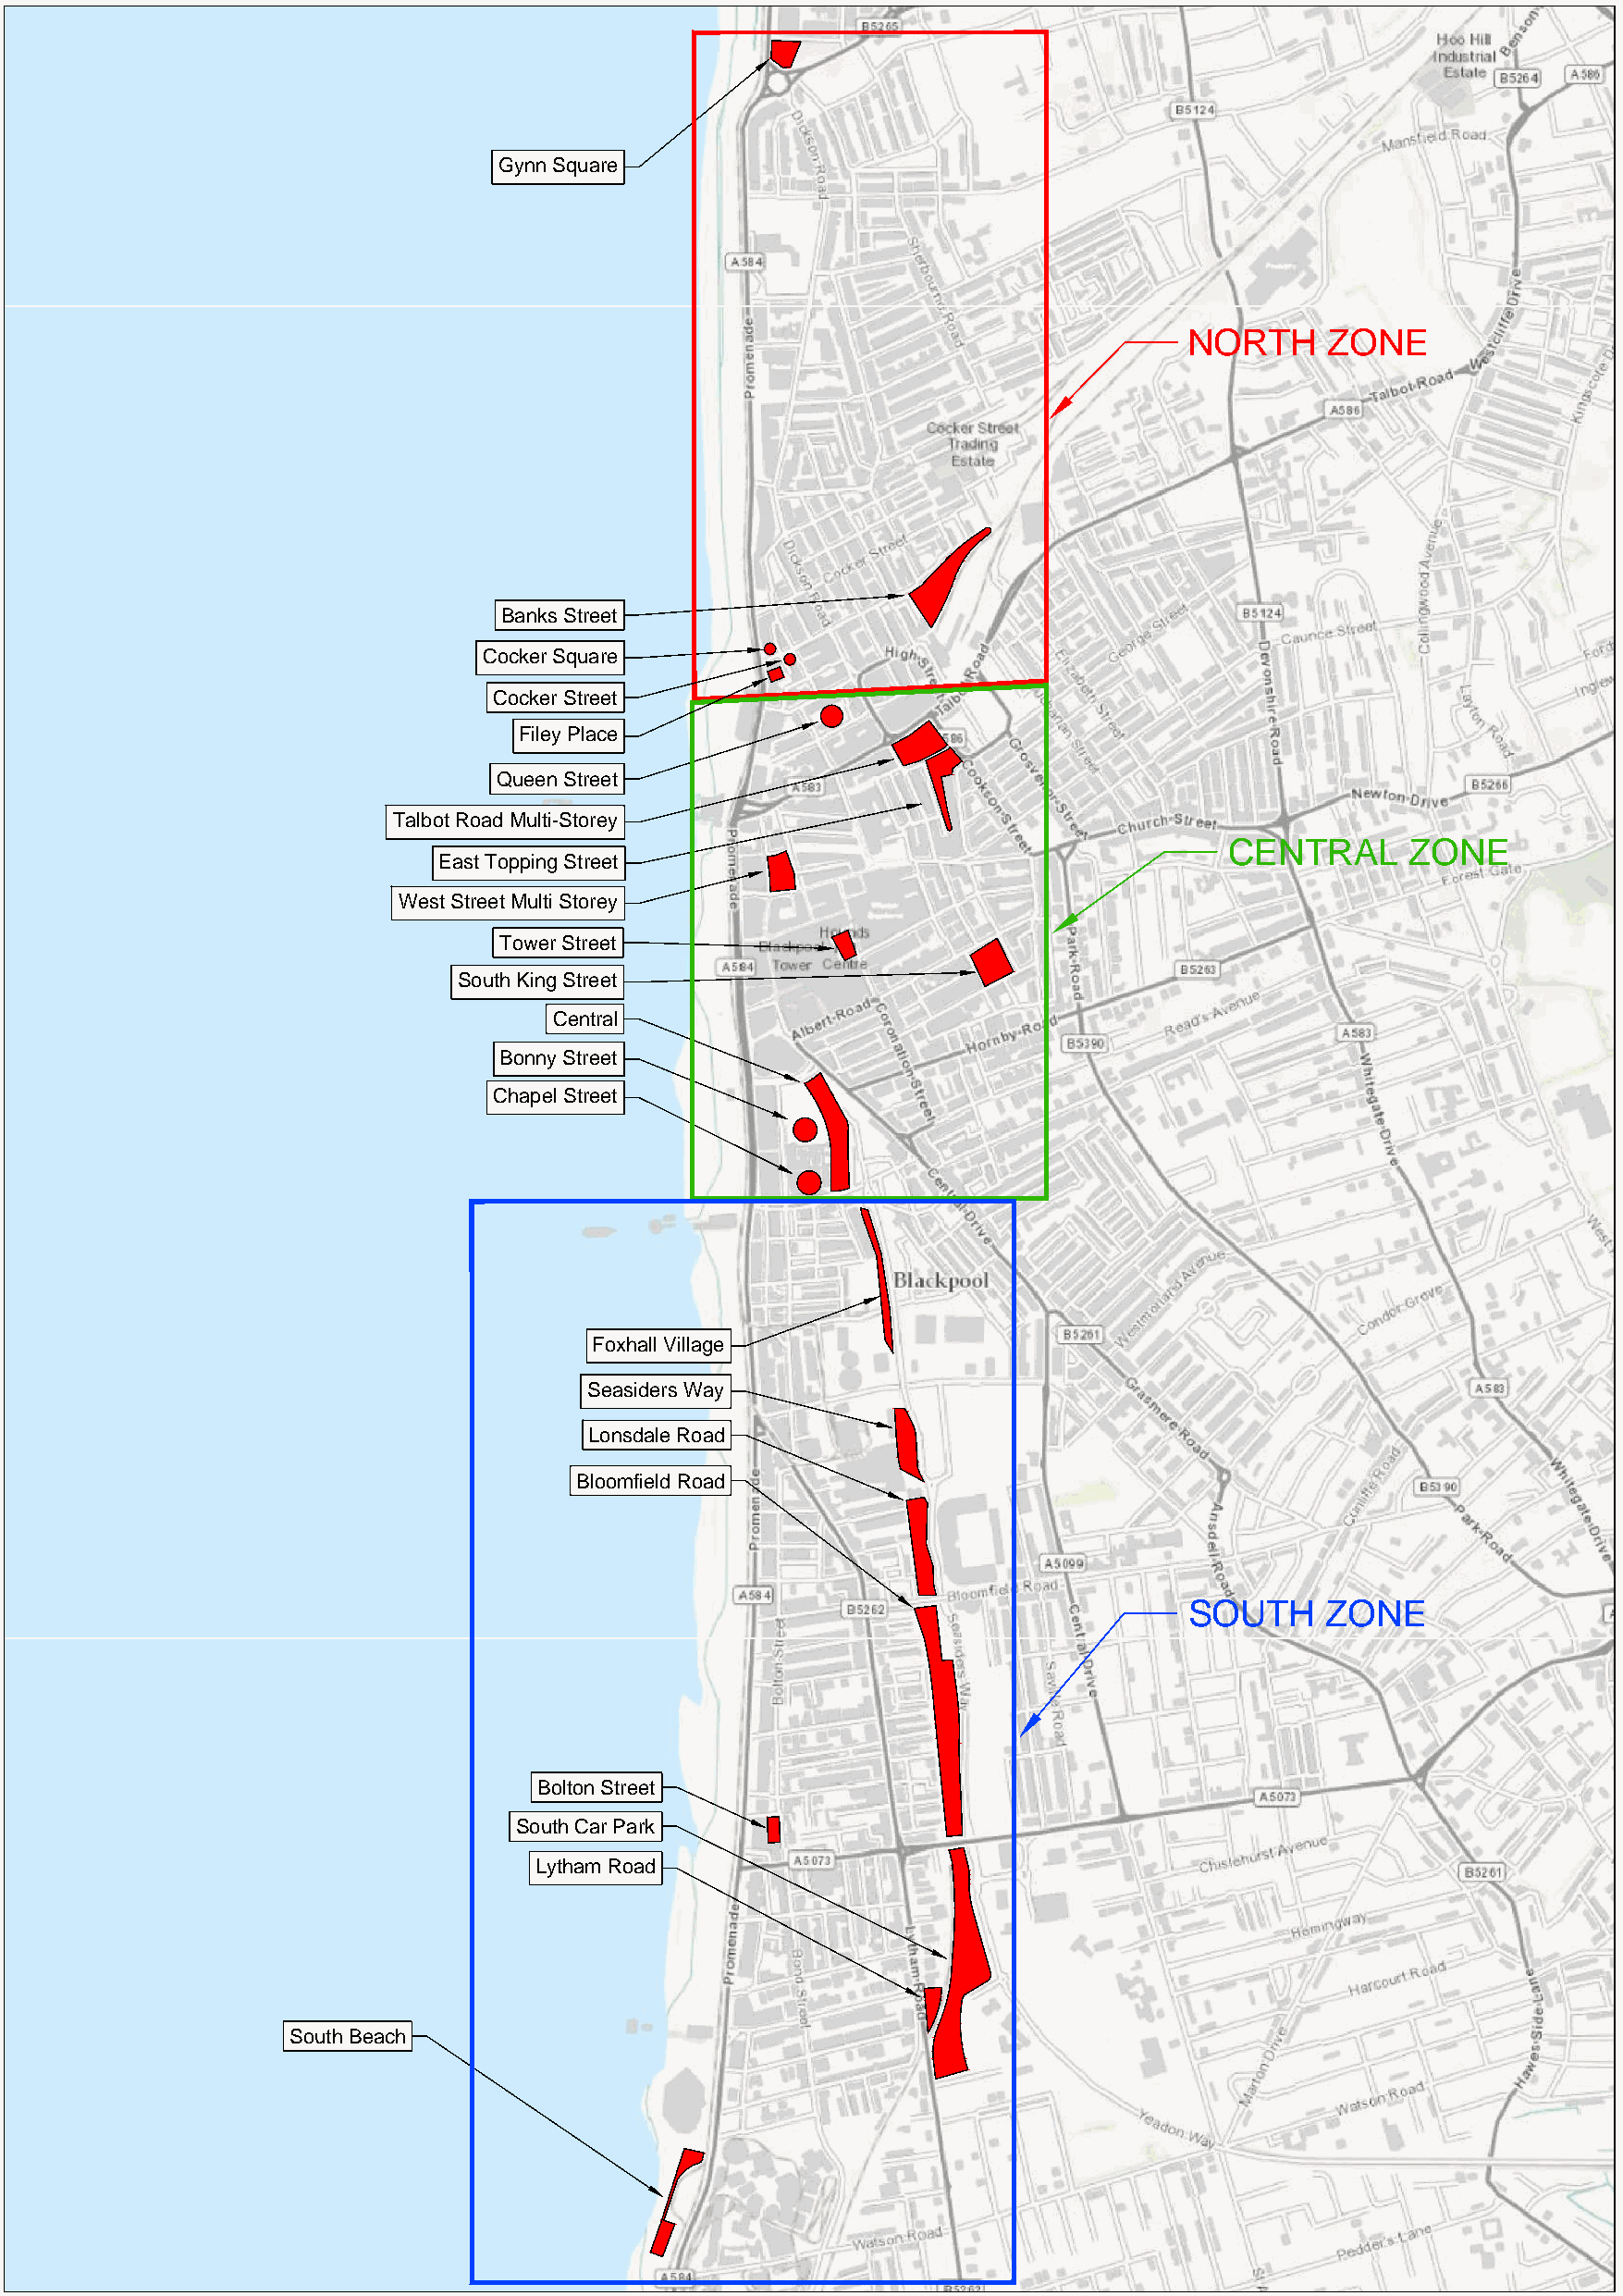
Gynn Square
 NORTH     ZONE
 Banks Street
 Cocker Square
 Cocker Street
 Filey Place
 Queen Street
 Talbot Road Multi-Storey
 CENTRAL      ZONE
 East Topping Street
 West Street Multi Storey
 Tower Street
 South King Street
 Central
 Bonny Street
 Chapel Street
 Foxhall Village
 Seasiders Way
 Lonsdale Road
 Bloomfield Road
 SOUTH     ZONE
 Bolton Street
 South Car Park
 Lytham Road
 South Beach